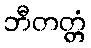
ဘီတတ္တံ